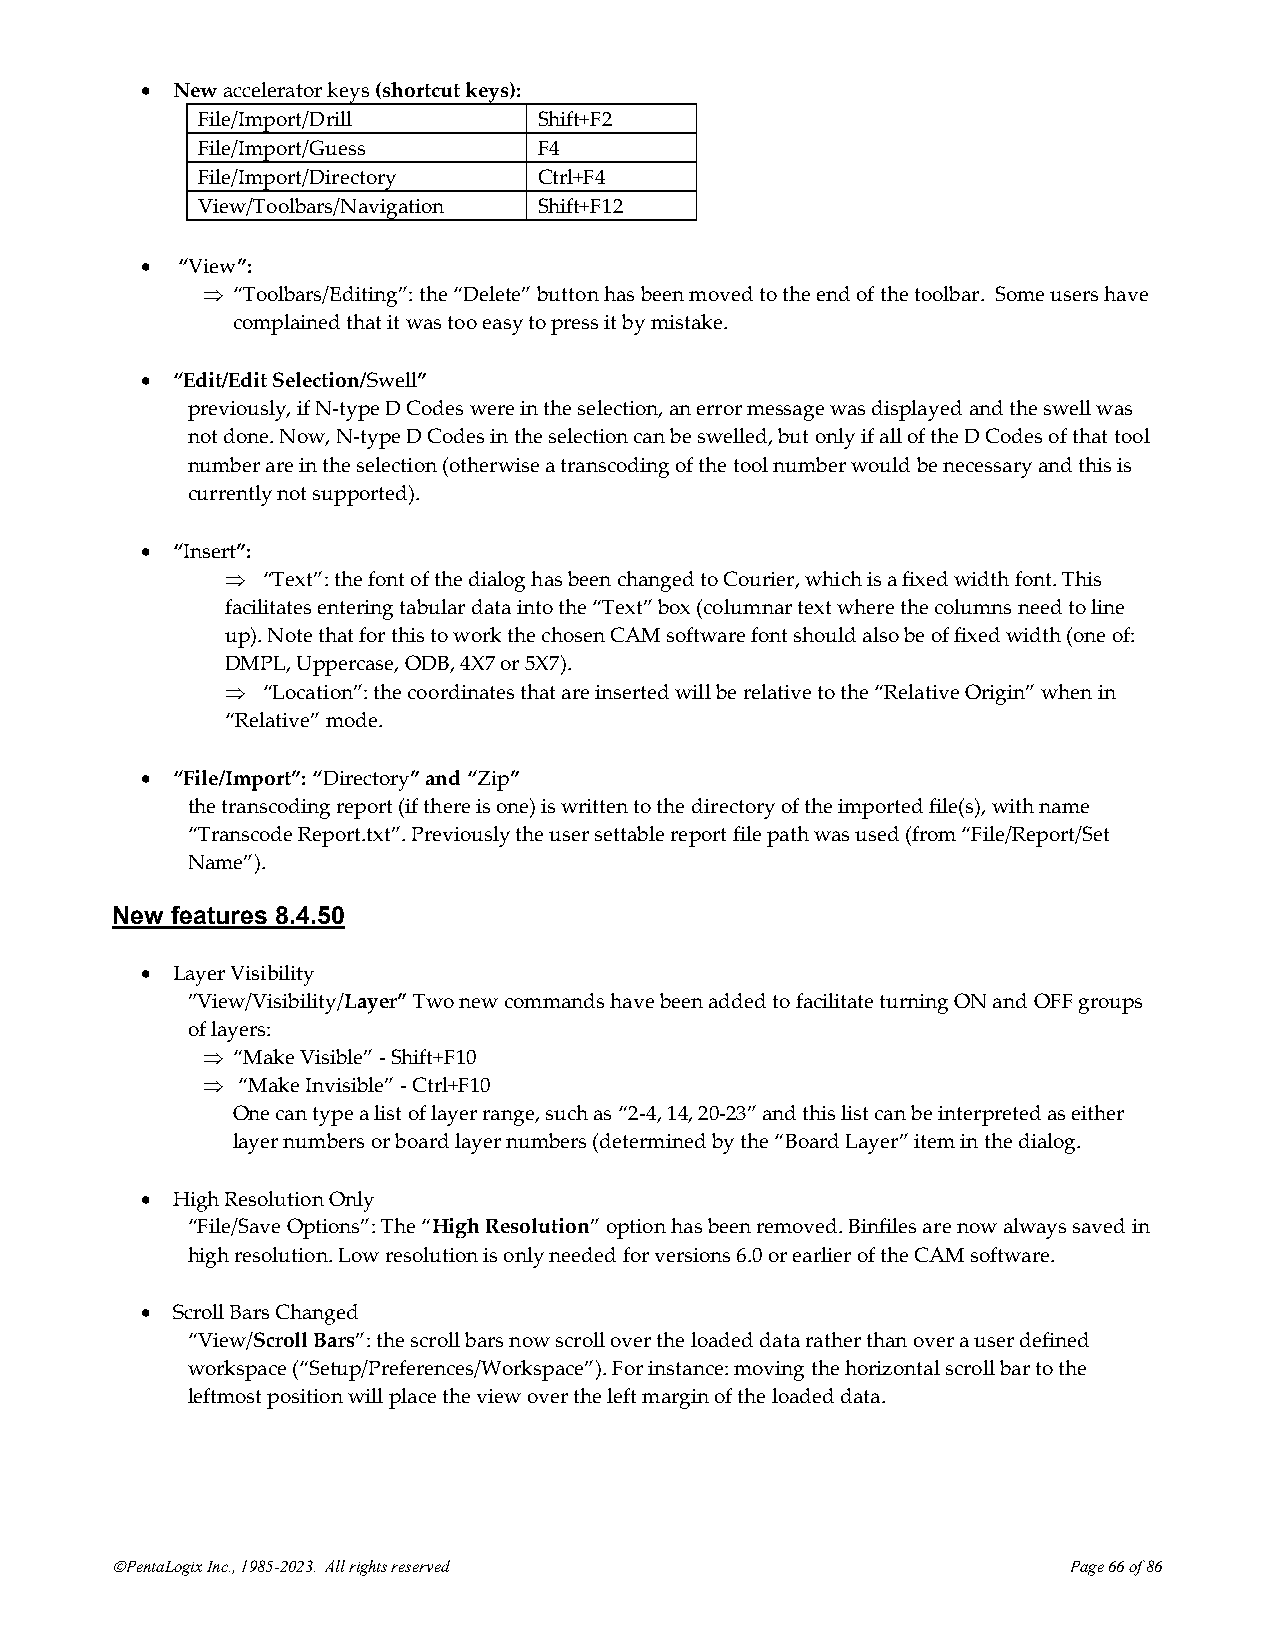
• New accelerator keys (shortcut keys):
 File/Import/Drill      Shift+F2
 File/Import/Guess      F4
 File/Import/Directory  Ctrl+F4
 View/Toolbars/Navigation Shift+F12
 •  “View”:
  “Toolbars/Editing”: the “Delete” button has been moved to the end of the toolbar. Some users have
 complained that it was too easy to press it by mistake.
 • “Edit/Edit Selection/Swell”
 previously, if N-type D Codes were in the selection, an error message was displayed and the swell was
 not done. Now, N-type D Codes in the selection can be swelled, but only if all of the D Codes of that tool
 number are in the selection (otherwise a transcoding of the tool number would be necessary and this is
 currently not supported).
 • “Insert”:
  “Text”: the font of the dialog has been changed to Courier, which is a fixed width font. This
 facilitates entering tabular data into the “Text” box (columnar text where the columns need to line
 up). Note that for this to work the chosen CAM software font should also be of fixed width (one of:
 DMPL, Uppercase, ODB, 4X7 or 5X7).
  “Location”: the coordinates that are inserted will be relative to the “Relative Origin” when in
 “Relative” mode.
 • “File/Import”: “Directory” and “Zip”
 the transcoding report (if there is one) is written to the directory of the imported file(s), with name
 “Transcode Report.txt”. Previously the user settable report file path was used (from “File/Report/Set
 Name”).
 New features 8.4.50
 • Layer Visibility
 ”View/Visibility/Layer” Two new commands have been added to facilitate turning ON and OFF groups
 of layers:
  “Make Visible” - Shift+F10
   “Make Invisible” - Ctrl+F10
 One can type a list of layer range, such as “2-4, 14, 20-23” and this list can be interpreted as either
 layer numbers or board layer numbers (determined by the “Board Layer” item in the dialog.
 • High Resolution Only
 “File/Save Options”: The “High Resolution” option has been removed. Binfiles are now always saved in
 high resolution. Low resolution is only needed for versions 6.0 or earlier of the CAM software.
 • Scroll Bars Changed
 “View/Scroll Bars”: the scroll bars now scroll over the loaded data rather than over a user defined
 workspace (“Setup/Preferences/Workspace”). For instance: moving the horizontal scroll bar to the
 leftmost position will place the view over the left margin of the loaded data.
 ©PentaLogix Inc., 1985-2023. All rights reserved                Page 66 of 86